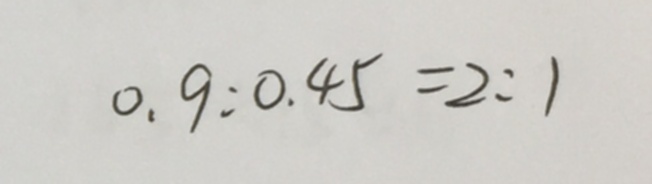
0 . 9 : 0 . 4 5 = 2 : 1